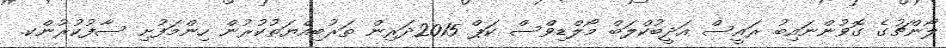
ލޯންޗުގެ ގޮވުންނައިބު ރައީސް އަދީބުކްލަބް މޯލްޑިވްސް ކަޕް 2015ދަރިން ތަރުބިއްޔަތުކުރުން ހިންމަފުށި ސާފުކުރުންކ.